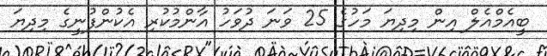
ބީއެމްއެލް އިން މިދިޔަ މަހުގެ 25 ވަނަ ދުވަހު އާންމުކުރި އެކުންފުނީގެ މިދިޔަ